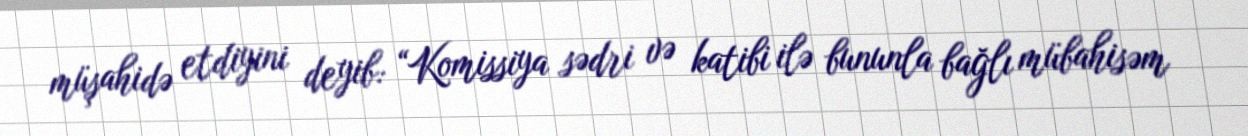
müşahidə etdiyini deyib: “Komissiya sədri və katibi ilə bununla bağlı mübahisəm